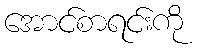
အောင်စာရင်းကို